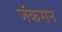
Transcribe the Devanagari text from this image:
जॅकसन